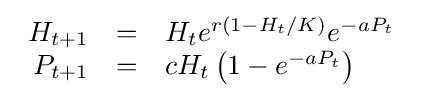
{\begin{array}{rcl}H_{t+1}&=&H_{t}e^{r(1-H_{t}/K)}e^{-aP_{t}}\\P_{t+1}&=&cH_{t}\left(1-e^{-aP_{t}}\right)\end{array}}